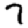
Digit: 7